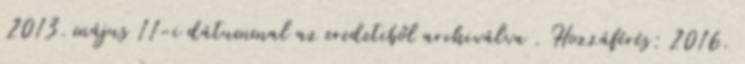
2013. május 11-i dátummal az eredetiből archiválva . Hozzáférés: 2016.